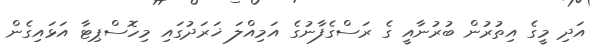
އަދި މީގެ އިތުރުން ބުރުނާއީ ގެ ރަސްގެފާނުގެ އަމިއްލަ ޚަރަދުގައި މިހޮސްޕިޓާ އަޅައިގެން